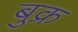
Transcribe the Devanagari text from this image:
बुक्र